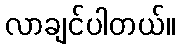
လာချင်ပါတယ်။